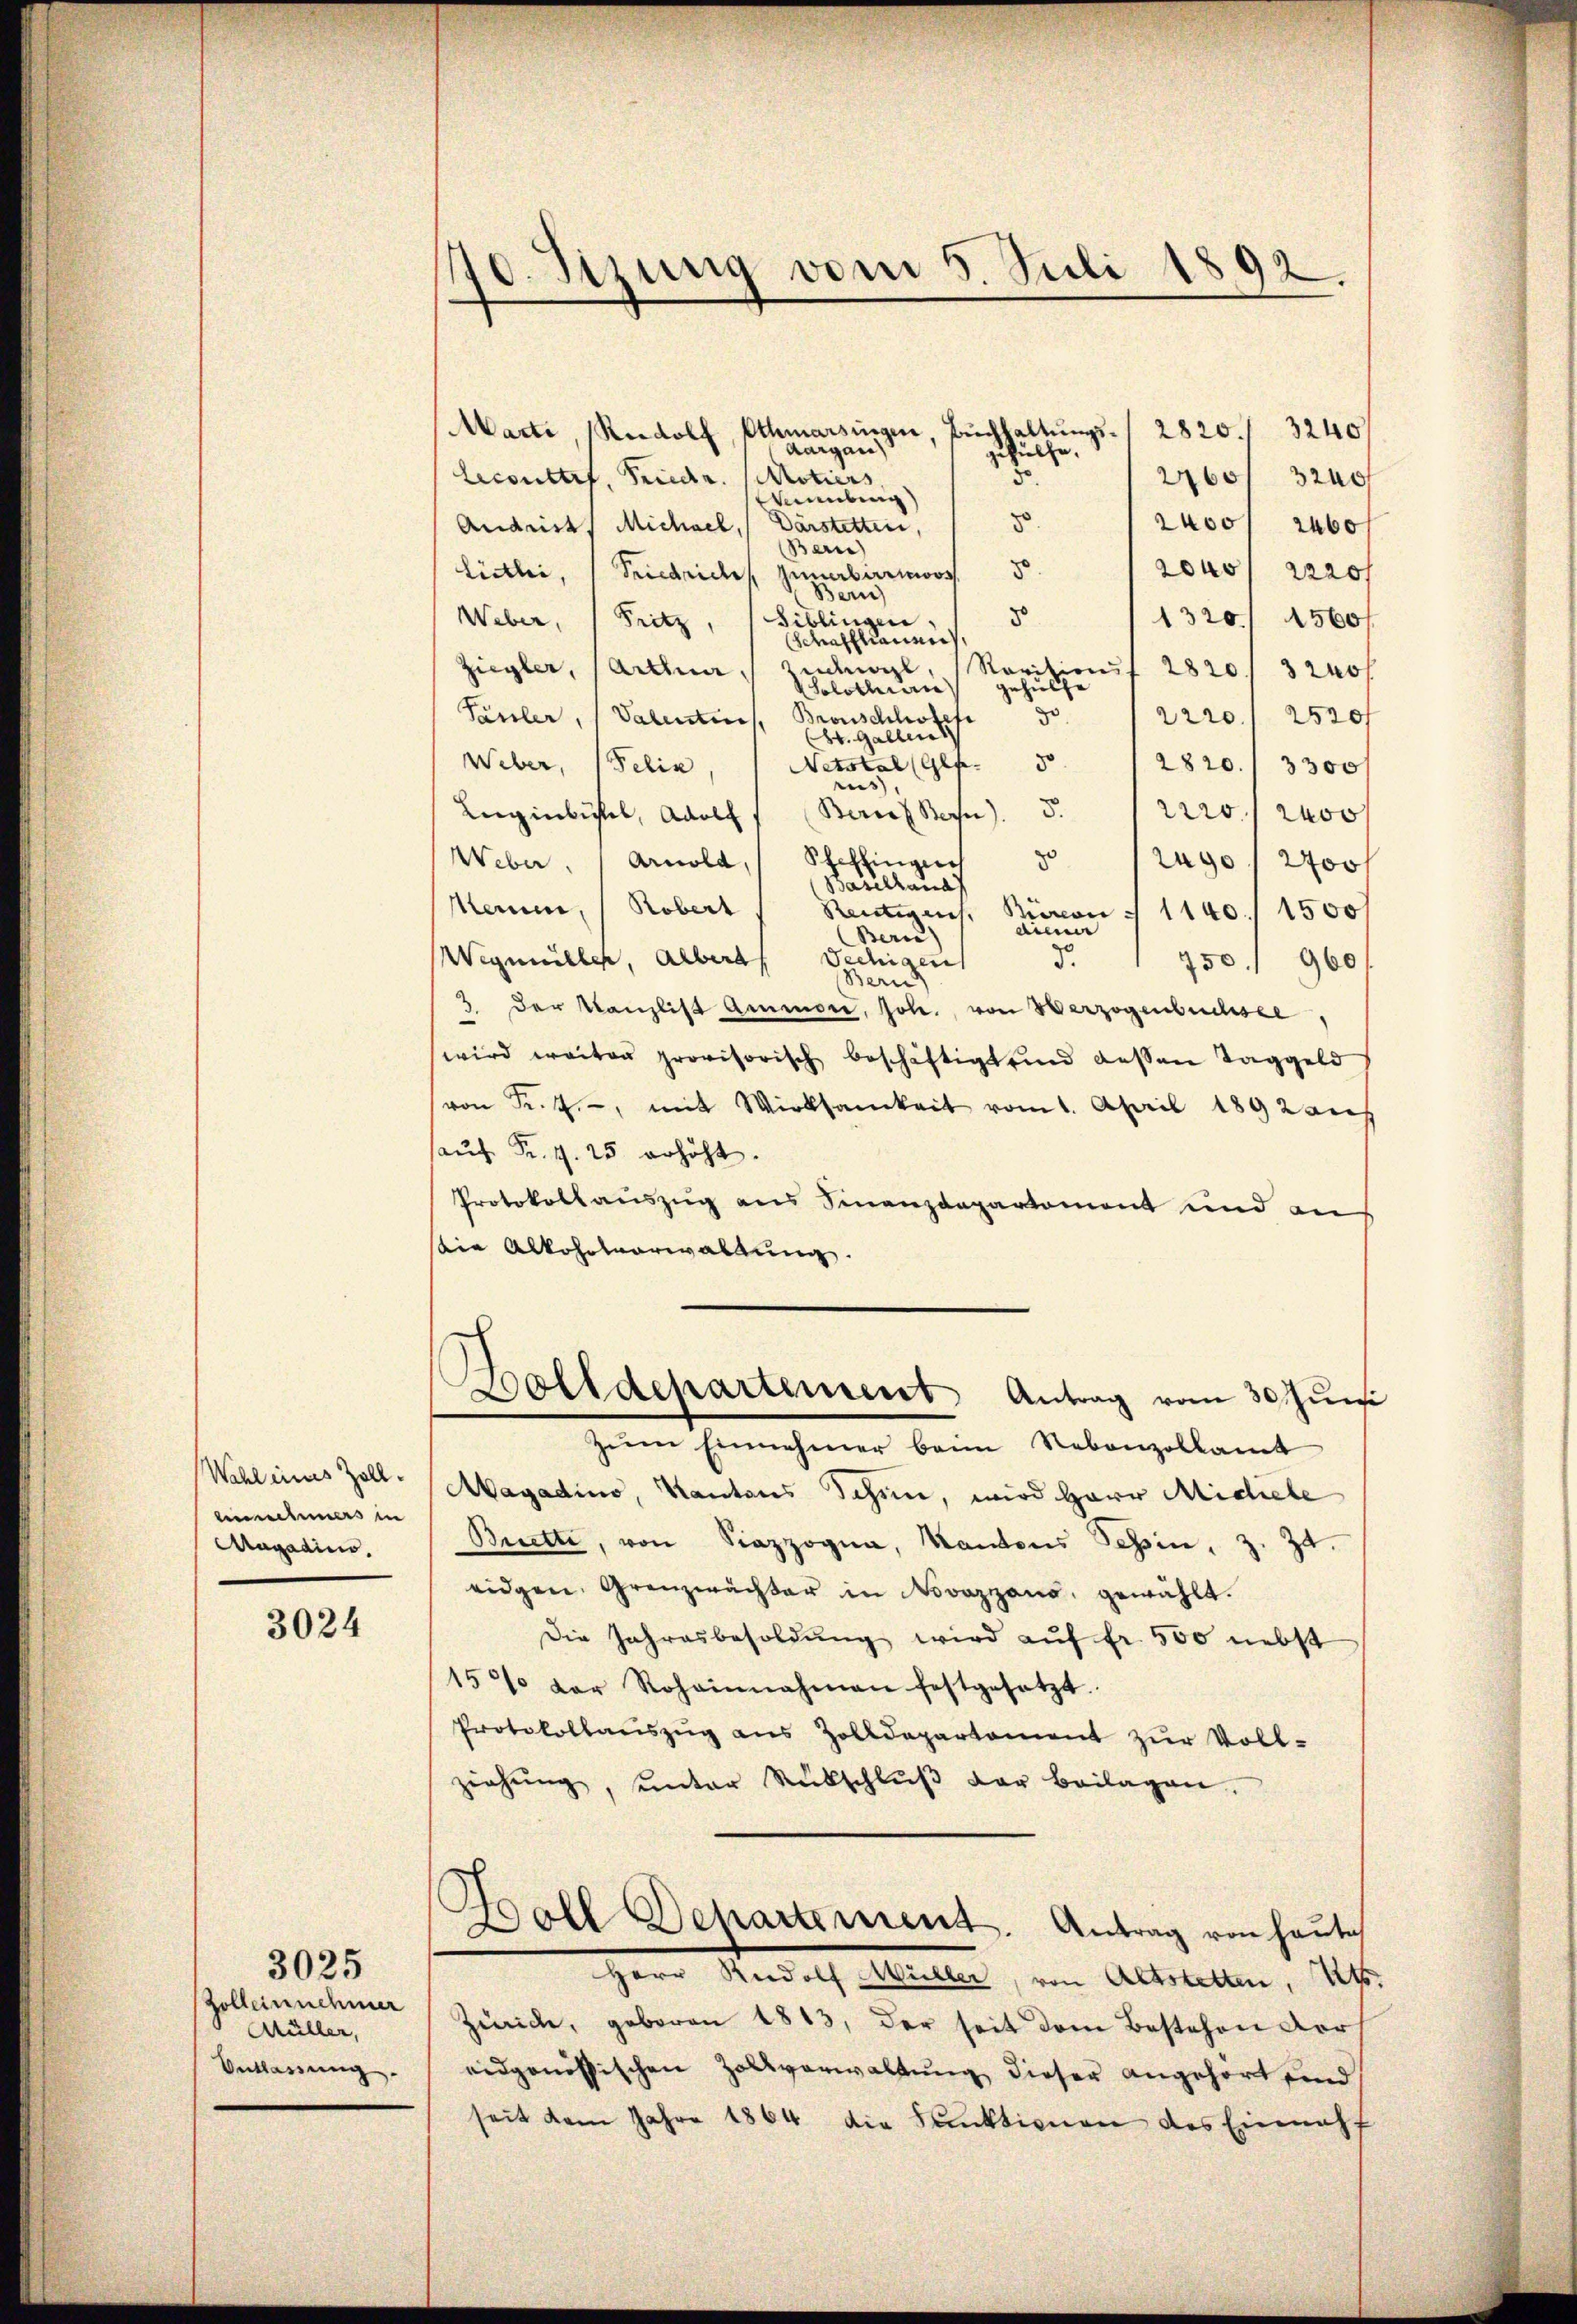
Wahl eines Zoll¬
Annehmers in
Magadino

3024

3025
Zolleinnehmer
Müller,
Entlassung.

70. Sizung vom 5. Juli 1892.

Marti Rudolf, Othmarsingen, Buchhaltungs- / 2820.
3240
Aargau
gehülfe.
Lecourtis, Friedr. Motiers
260/ 3200
nübung)
8
2400, 2460
Andrist, Michael, ( Darstetten,
Bern)
2000 f 2220 f
lictli, Friedriches Generbarors
Bern)
8
Biblingen.
Weber, (Pritz,
1320/ 1560/
Schaffhauen
Ziegler, Actuar, zudingl
Rovisions 2820/3 240 f
gehülfe
Solothurn
zo
Pänler, (Valentin, Bronschhofess
2220/2520
St. Gallen
30
Weber, Felix
Netstal (Ges.
2820./ 3300
rus,
5.
Zürich Bern)
rro 200
Lugenbuchel, Adolf
8
Weber, / Arnold, Scheffinglich
2090 2700 f
Baselland
Mamm, Robert
Reutigens. Baron 7 1140/ 1500f
diene
Bern)
Wegmühler, Alberal Sechigen
d.
750. 960
Bern
2 der Kanzlist Ammone, Joh. von Verzogenbuchsee,
wird weiter provisorisch beschäftigt und dessen Taggeld
(von Fr. 4., mit Wirksamkeit vom 1. April 1892 aus
aŭf Fr. 1. 25 erhöht.
Protokollauszug aus Finanzdepartement und an
sin Alkoholverwaltung
Solidepartement Antrag vom 30. Jun
zŭm Einnehmer beim Nebenzollamt
Magadino, Kantons Schön, wird Herr Michele
Brette, von Sana, Kantons Tessin, z. Zt.
eidgen. Grenzwächter in Novazzans, gewählt.
Die Jahresbesoldung wird auf fr. 500 nebst
15% der Rohainnahmen festgesetzt.
Protokollaŭszŭg aŭs Zolldepartement zŭr Voll-
ziehung, unter Rübschlŭβ der beilagen.
Doll Departement. Antrag von heute
Herr Rudolf Müller, von Altstetten, Kts.
Zürich, geboren 1813, der seit dem Bestehen der
eidgenössischen Zollverwaltung dieser angehört und
seit dem Jahre 1864 die Funktionen des Einnahf